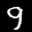
Label: 9